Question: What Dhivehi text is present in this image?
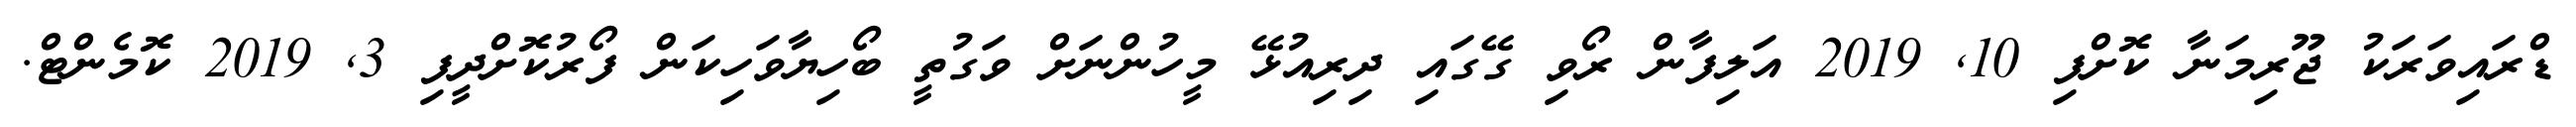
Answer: ޑްރައިވަރަކު ޖޫރިމަނާ ކޮށްފި 10, 2019 އަލިފާން ރޯވި ގޭގައި ދިރިއުޅޭ މީހުންނަށް ވަގުތީ ބޯހިޔާވަހިކަން ފޯރުކޮށްދީފި 3, 2019 ކޮމެންޓް.